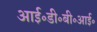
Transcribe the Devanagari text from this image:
आई॰डी॰बी॰आई॰